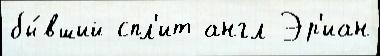
бы́вший спл'ит англ Эр'иан